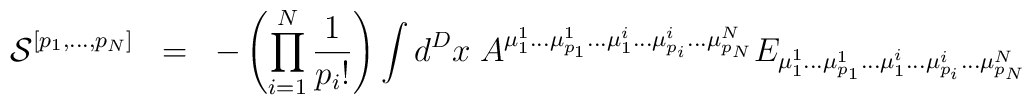
{\cal{S}}^{[ p_1 ,..., p_N ]} \;\; =\;\; - \left( \prod_{i=1}^{N} \frac{1}{p_i !} \right) \int d^D x \; A^{{\mu}^1_1 ...{\mu}^1_{p_1} ...{\mu}^i_1 ...{\mu}^i_{p_i} ...{\mu}^N_{p_N} } E_{{\mu}^1_1 ...{\mu}^1_{p_1} ...{\mu}^i_1 ...{\mu}^i_{p_i} ...{\mu}^N_{p_N}}